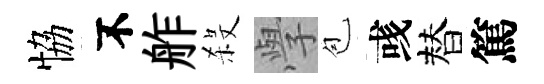
恊不舴殺𭓕苞彧替篤